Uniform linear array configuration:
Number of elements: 32
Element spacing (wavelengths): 0.5
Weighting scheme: binomial
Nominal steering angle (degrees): -30
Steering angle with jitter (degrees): -29.282
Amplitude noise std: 0.05
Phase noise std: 0.05

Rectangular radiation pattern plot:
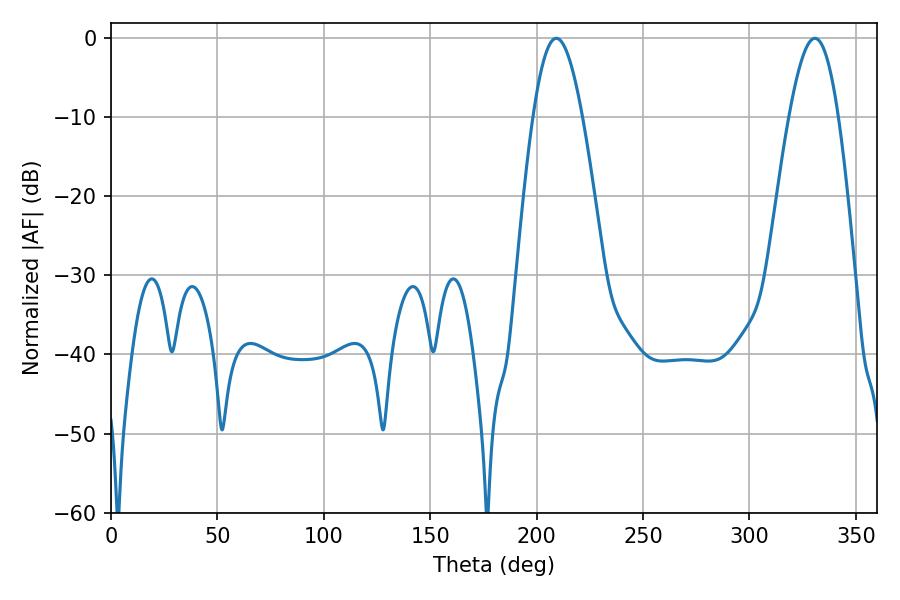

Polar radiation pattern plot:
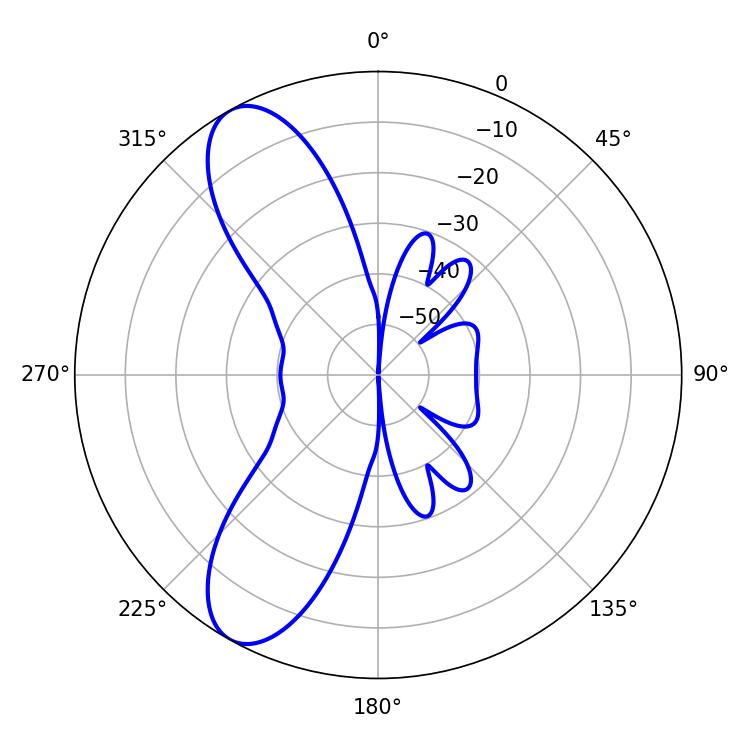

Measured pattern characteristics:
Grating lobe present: FALSE
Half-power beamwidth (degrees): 12.42
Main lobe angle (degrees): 209.16